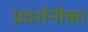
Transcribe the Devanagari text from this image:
प्रदर्शनीका